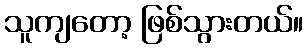
သူကျတော့ ဖြစ်သွားတယ်။